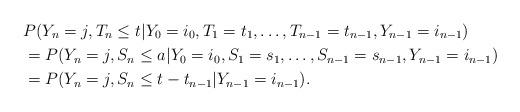
LaTeX: \begin{align*} & P(Y_n=j, T_n \le t|Y_0=i_0,T_1=t_1,\ldots,T_{n-1} = t_{n-1},Y_{n-1}=i_{n-1})\\ &=P(Y_n=j, S_n \le a|Y_0=i_0,S_1=s_1,\ldots,S_{n-1} = s_{n-1},Y_{n-1}=i_{n-1})\\ &=P(Y_n=j, S_n \le t-t_{n-1}|Y_{n-1}=i_{n-1}).\end{align*}